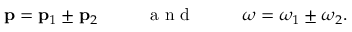
\mathbf { p } = \mathbf { p } _ { 1 } \pm \mathbf { p } _ { 2 } \mathrm { ~ ~ ~ ~ ~ ~ ~ ~ ~ a ~ n ~ d ~ ~ ~ ~ ~ ~ ~ ~ ~ } \omega = \omega _ { 1 } \pm \omega _ { 2 } .